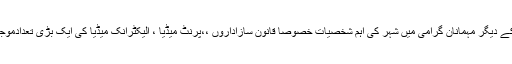
تقریب کے دیگر مہمانان گرامی میں شہر کی اہم شخصیات خصوصاً قانون سازاداروں ،،پرنٹ میڈیا ، الیکٹرانک میڈیا کی ایک بڑی تعدادموجود تھی۔